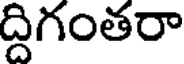
ద్దిగంతరా